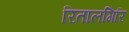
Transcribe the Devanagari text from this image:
रितालगिरि